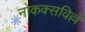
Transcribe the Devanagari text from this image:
नोकक्सविल्ले